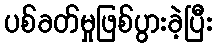
ပစ်ခတ်မှုဖြစ်ပွားခဲ့ပြီး